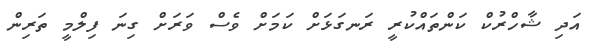
އަދި ޝާހްރުކް ކަންތައްކުރީ ރަނގަޅަށް ކަމަށް ވެސް ވަރަށް ގިނަ ފިލްމީ ތަރިން